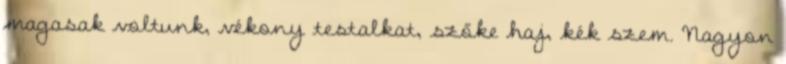
magasak voltunk, vékony testalkat, szőke haj, kék szem. Nagyon